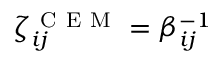
\zeta _ { i j } ^ { \mathrm { ~ C ~ E ~ M ~ } } = \beta _ { i j } ^ { - 1 }